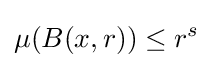
\mu (B(x,r))\leq r^{s}